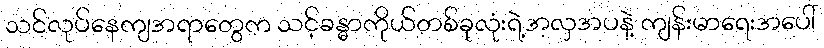
သင်လုပ်နေကျအရာတွေက သင့်ခန္ဓာကိုယ်တစ်ခုလုံးရဲ့အလှအပနဲ့ ကျန်းမာရေးအပေါ်